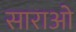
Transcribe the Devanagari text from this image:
साराओ